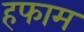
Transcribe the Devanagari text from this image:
हफाम